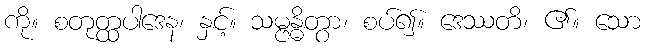
ကို။ စတုတ္ထပါဒေန၊ နှင့်။ သမ္ဗန္ဓိတွာ၊ စပ်၍။ ဒေဿတိ၊ ၏။ သော